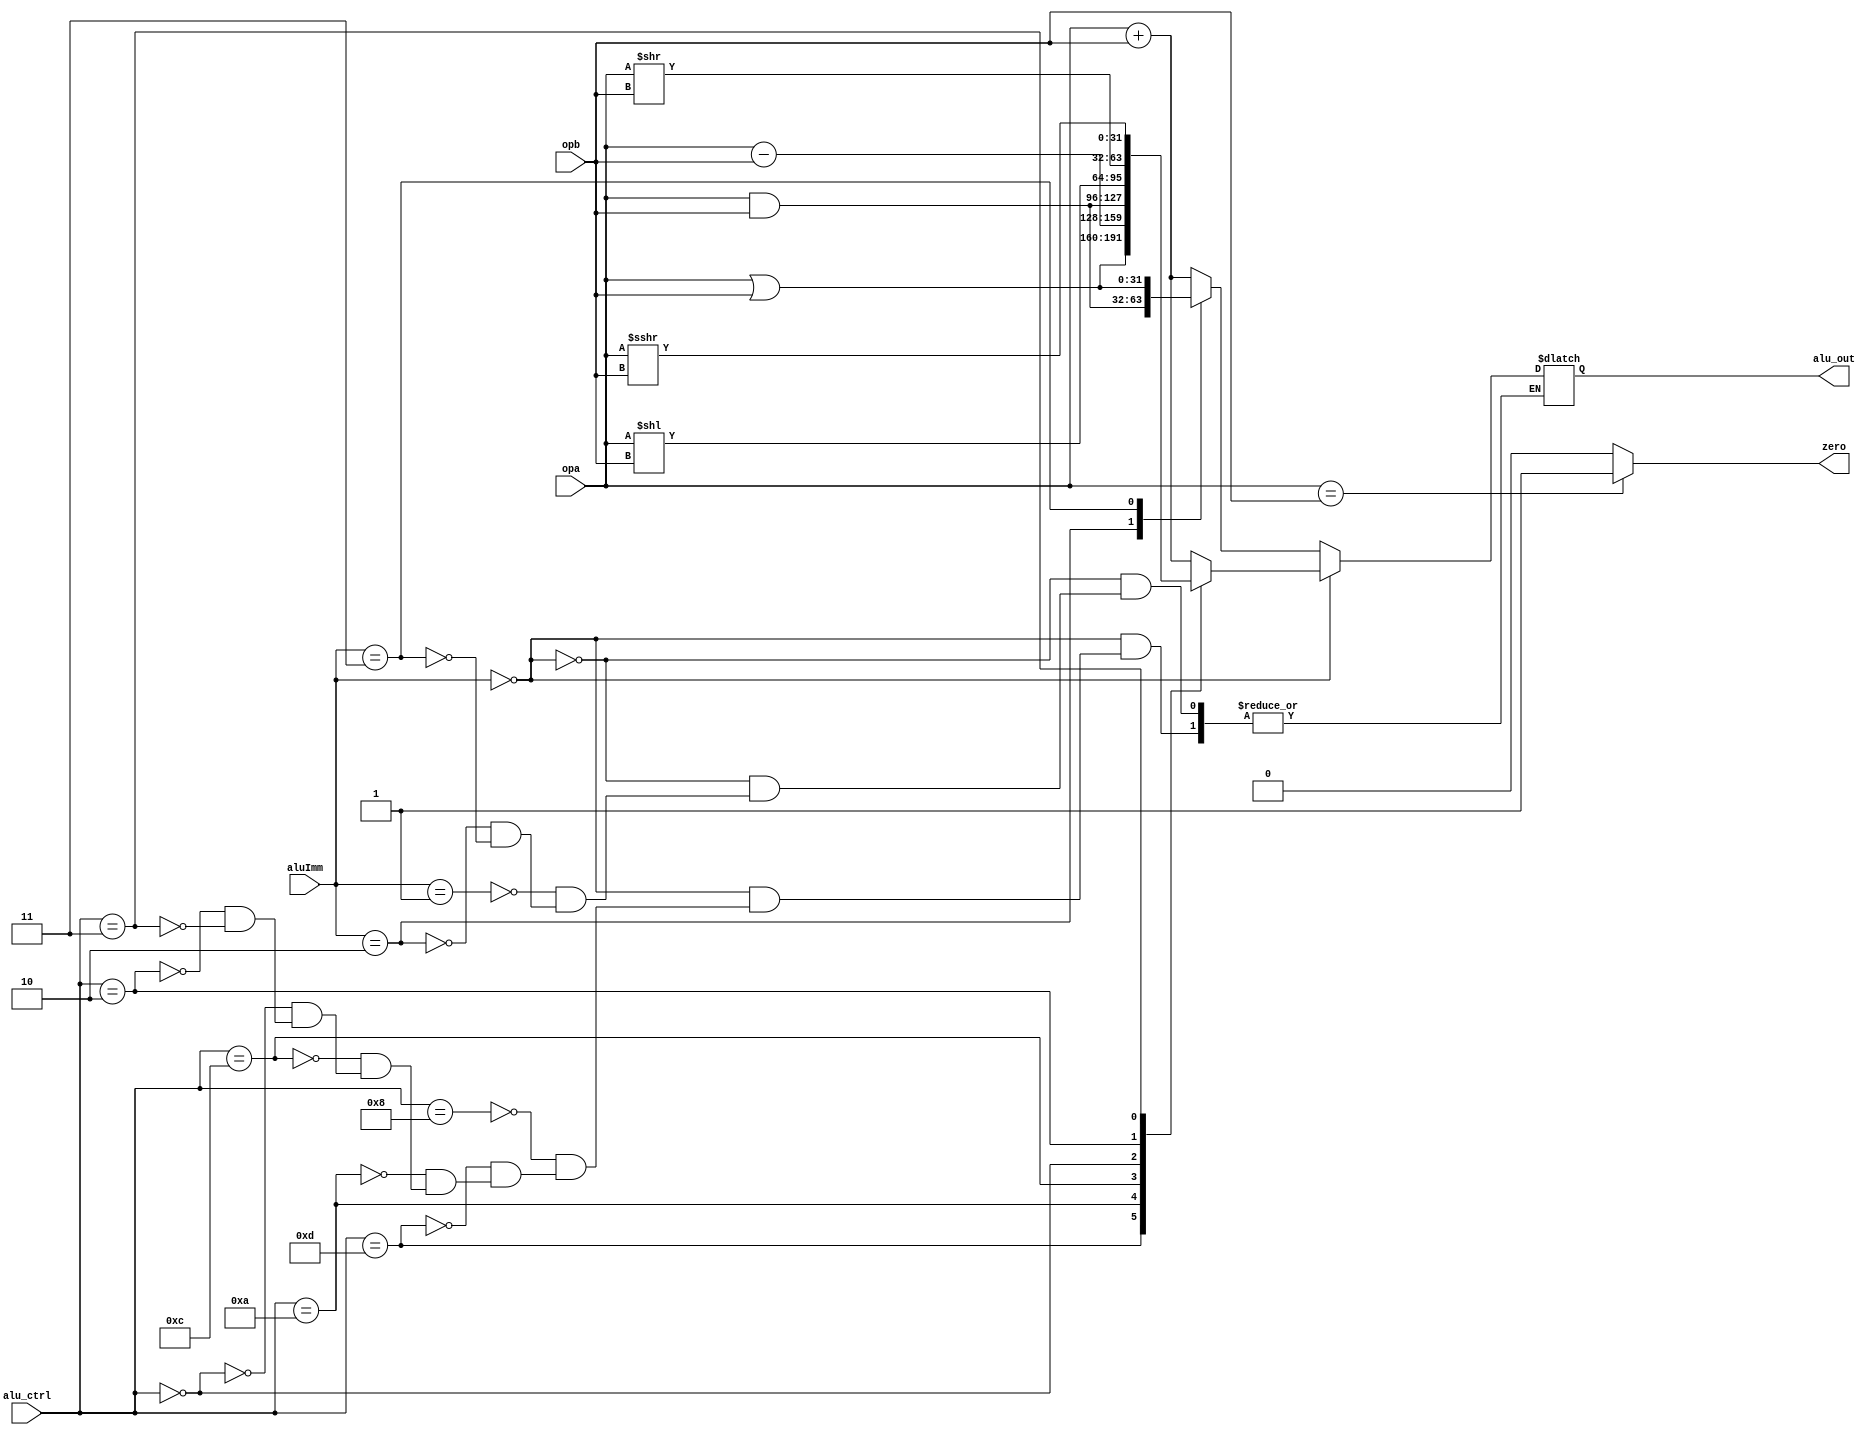
`timescale 1ns / 1ps
//////////////////////////////////////////////////////////////////////////////////
// Company: 
// Engineer: 
// 
// Design Name: 
// Module Name:    alu 
// Project Name: 
// Target Devices: 
// Tool versions: 
// Description: 
//
// Dependencies: 
//
// Revision: 
// Revision 0.01 - File Created
// Additional Comments: 
//
//////////////////////////////////////////////////////////////////////////////////
module alu(
	input [31:0]opa,
	input [31:0]opb,
	input [3:0]alu_ctrl,
	input [1:0]aluImm,
	output zero,
	output reg [31:0]alu_out
    );
	wire [31:0] signOut;
	
	//assign alu_out = (aluImm==0 && alu_ctrl==4'b1000)? opa+opb :
	//								  (aluImm==0 && alu_ctrl==4'b1101)? opa|opb :
	//								  (aluImm==0 && alu_ctrl==4'b1010)? opa-opb :
	//								  (aluImm==0 && alu_ctrl==4'b1100)? opa&opb :
	//								  (aluImm==0 && alu_ctrl==4'b0000)? opa<<opb :
	//								  (aluImm==0 && alu_ctrl==4'b0010)? opa>>opb :
	//								  (aluImm==0 && alu_ctrl==4'b0011)? $signed(opa)>>>opb :
	//								  (aluImm==1 && alu_out==4'b1000)? opa+opb :
	//							     (aluImm==1 && alu_out==2'b01)? opa+opb :
	//								  (aluImm==1 && alu_out==2'b10)? opa&opb : opa|opb;
	
	always @ *
	begin
		if(aluImm==0)begin
			case(alu_ctrl)
				4'b1000:alu_out=opa+opb;
				4'b1101:alu_out=opa|opb;
				4'b1010:alu_out=opa-opb; 
				4'b1100:alu_out=opa&opb;
				//4'b0111:alu_out=(opa<opb?1:0);
				4'b0000:alu_out=opa<<opb;		//sll
				4'b0010:alu_out=opa>>opb;		//srl
				4'b0011:alu_out=$signed(opa)>>>opb;
			endcase
			end
		else begin
			case(aluImm)
				2'b01:alu_out=opa+opb;
				2'b10:alu_out=opa&opb;
				2'b11:alu_out=opa|opb;
			endcase
			end
	end
	
	assign zero=(opa==opb)? 1:0;
	
endmodule